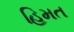
હિમત